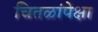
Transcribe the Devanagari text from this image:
चितळांपेक्षा